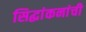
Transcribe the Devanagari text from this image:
सिद्धांकनांची